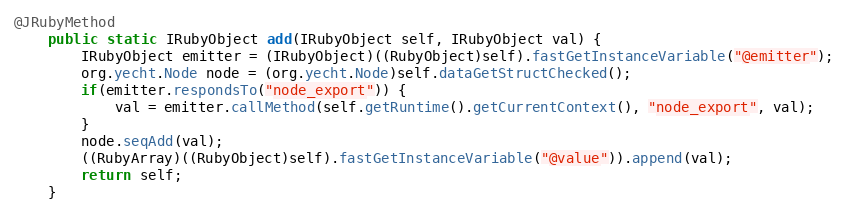
Language: Java
@JRubyMethod
    public static IRubyObject add(IRubyObject self, IRubyObject val) {
        IRubyObject emitter = (IRubyObject)((RubyObject)self).fastGetInstanceVariable("@emitter");
        org.yecht.Node node = (org.yecht.Node)self.dataGetStructChecked();
        if(emitter.respondsTo("node_export")) {
            val = emitter.callMethod(self.getRuntime().getCurrentContext(), "node_export", val);
        }
        node.seqAdd(val);
        ((RubyArray)((RubyObject)self).fastGetInstanceVariable("@value")).append(val);
        return self;
    }